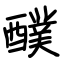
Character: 醭